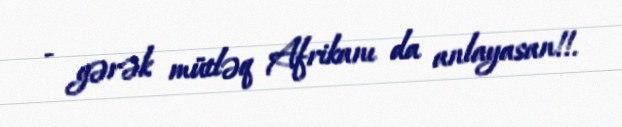
- gərək mütləq Afrikanı da anlayasan!!.